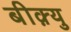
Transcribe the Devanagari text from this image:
बीक़्यु